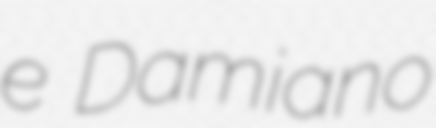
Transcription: e Damiano